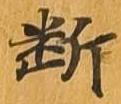
断